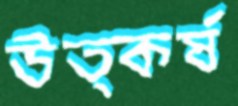
উত্কর্ষ